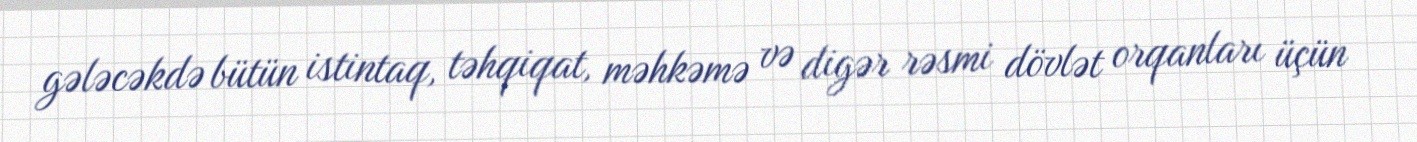
gələcəkdə bütün istintaq, təhqiqat, məhkəmə və digər rəsmi dövlət orqanları üçün